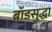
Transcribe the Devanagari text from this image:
ब्रॉडसुद्धा